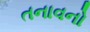
તનાવનો